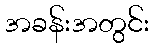
အခန်းအတွင်း